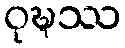
ဝုဍ္ဎဿ